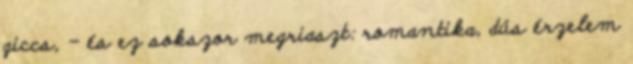
giccs, - és ez sokszor megriaszt: romantika, dús érzelem